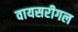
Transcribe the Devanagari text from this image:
वायसरीगल